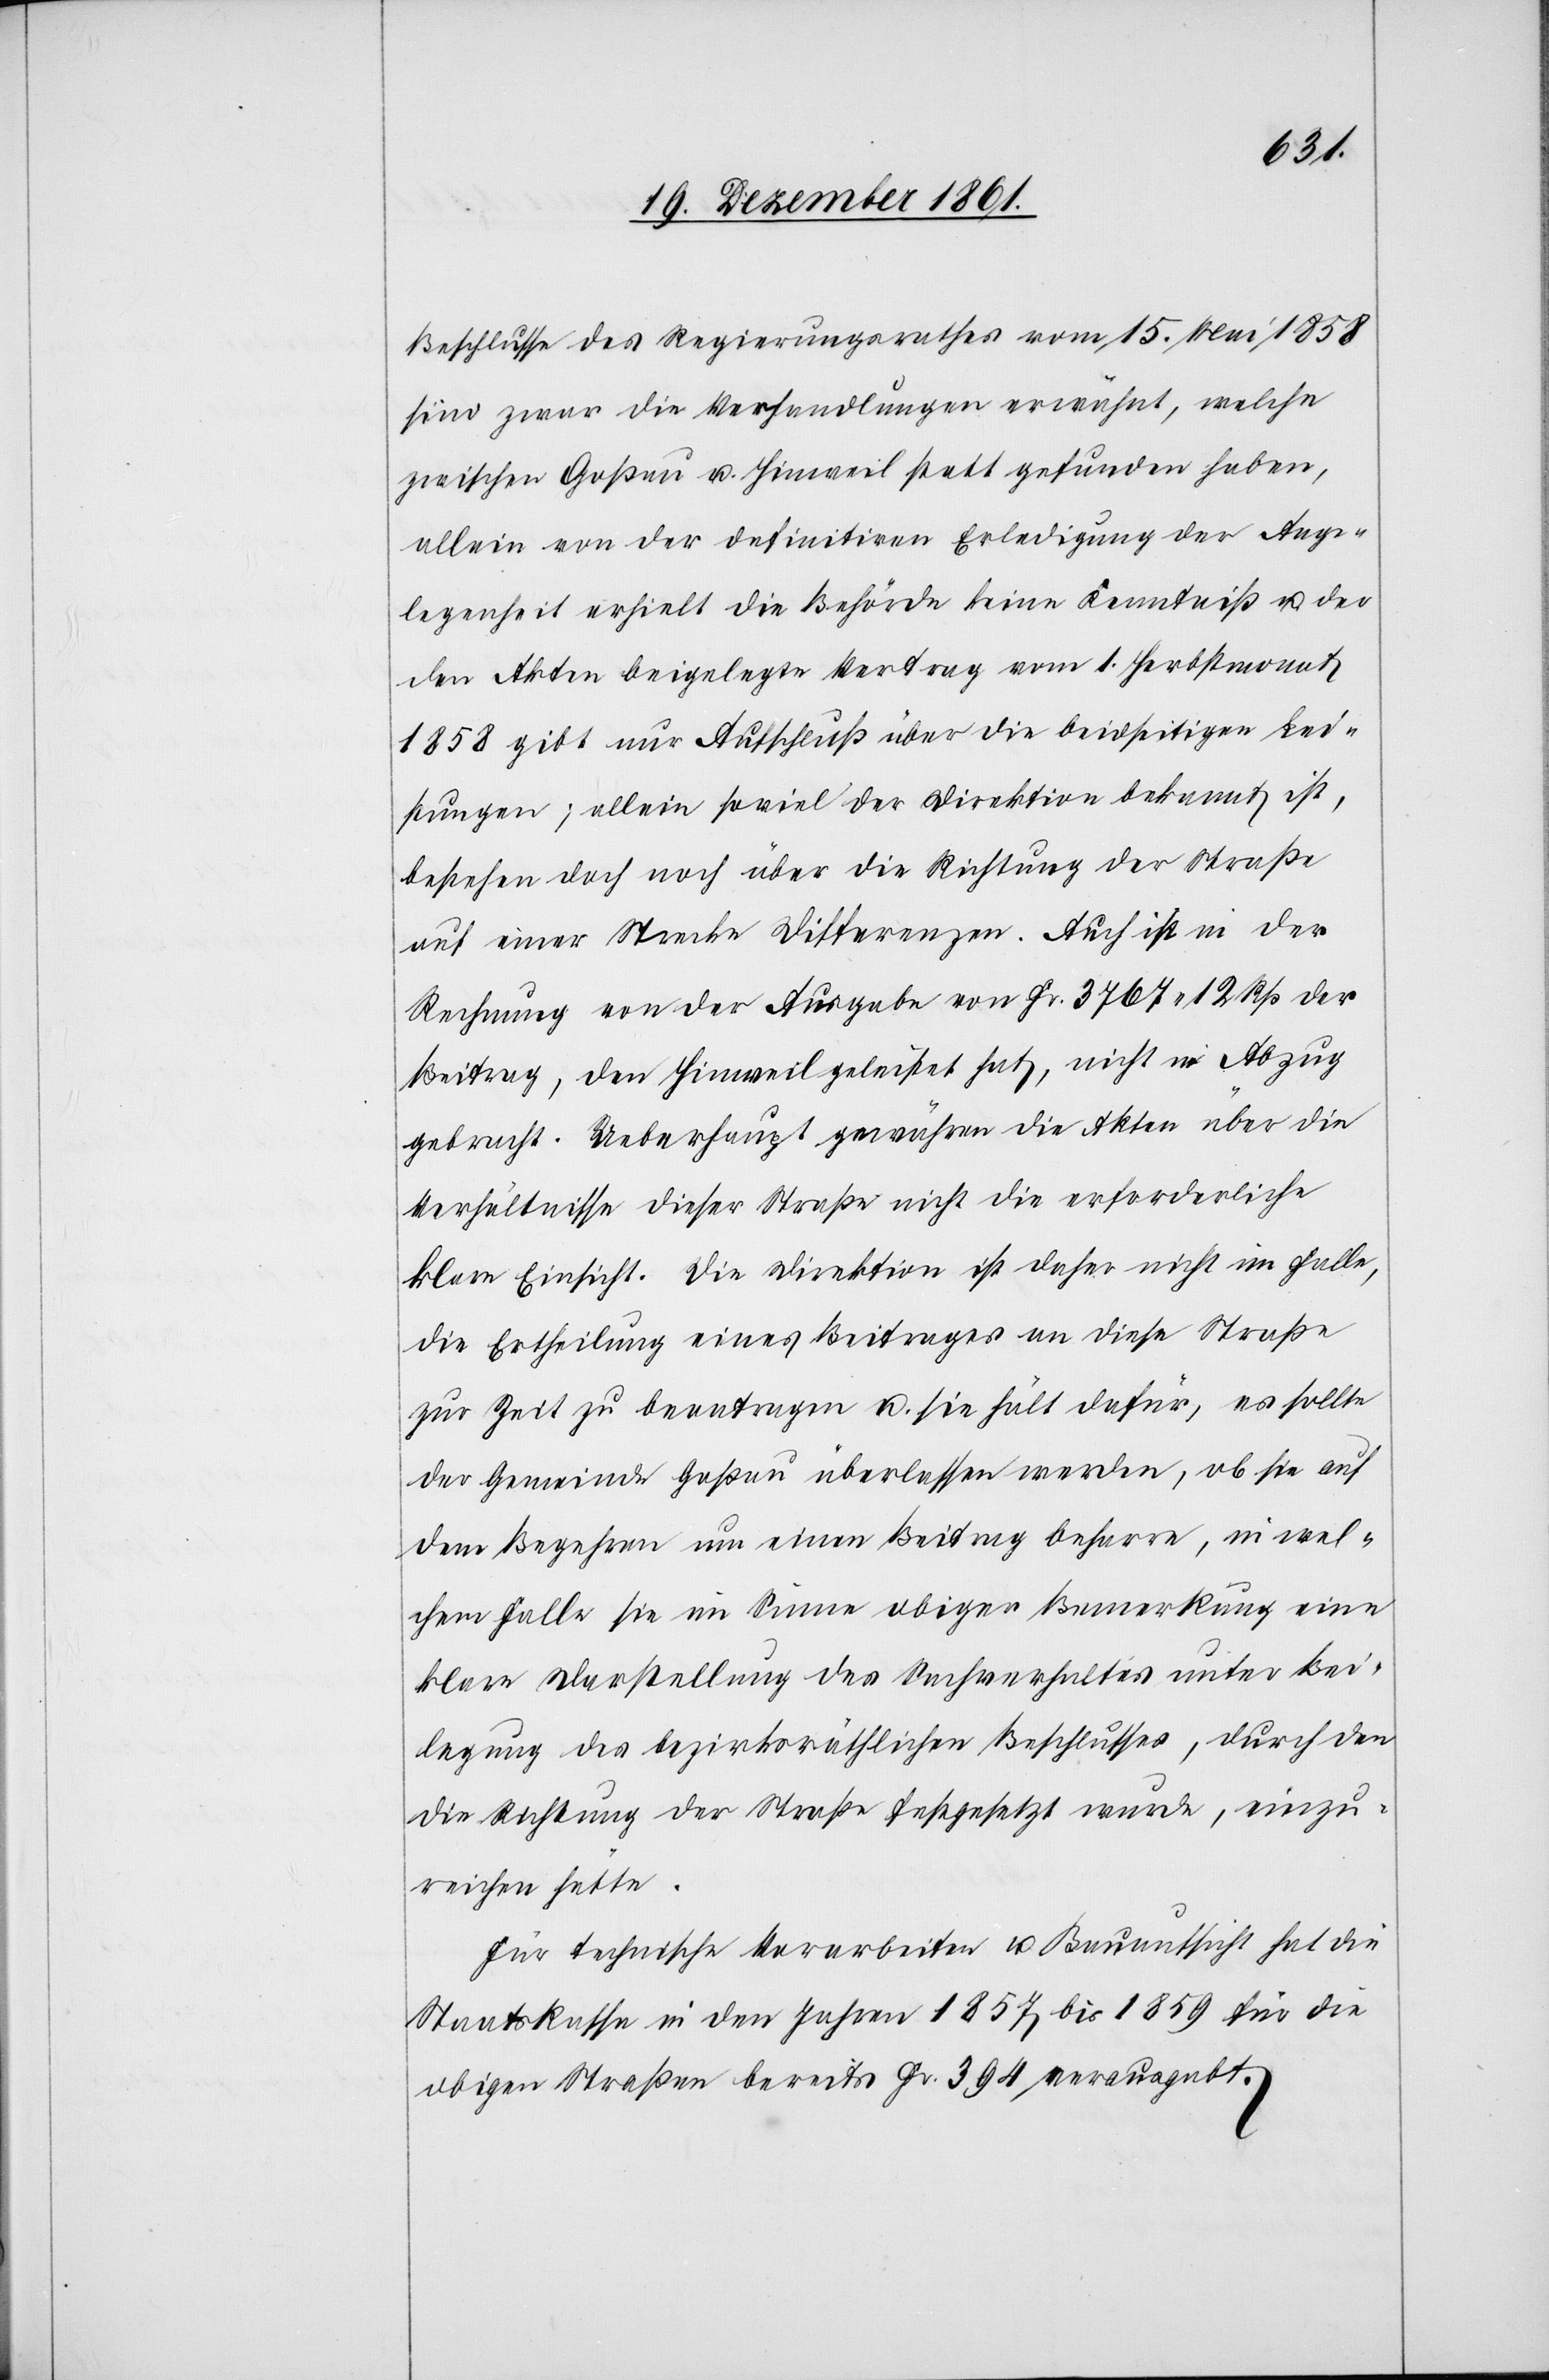
Beschlusse des Regierungsrathes vom 15 Mai 1858
sind zwar die Verhandlungen erwähnt, welche
zwischen Goßau u. Hinweil statt gefunden haben,
allein von der definitiven Erledigung der Ange¬
legenheit erhielt die Behörde keine Kenntniß u. der
den Akten beigelegte Vertrag vom 1 Herbstmonat
1858 gibt nur Aufschluß über die beidseitigen Lei¬
stungen, allein soviel der Direktion bekannt ist,
bestehen doch noch über die Richtung der Straße
auf einer Strecke Differenzen. Auch ist in
Rechnung von der Ausgabe von Fr. 3767. 12 Rp. der
Beitrag, den Hinweil geleistet hat, nicht in Abzug
gebracht. Ueberhaupt gewähren die Akten über die
Verhältnisse dieser Straße nicht die erforderliche
klare Einsicht. Die Direktion ist daher nicht im Falle,
die Ertheilung eines Beitrages an diese Straße
zur Zeit zu beantragen u. sie hält dafür, es sollte
der Gemeinde Goßau überlassen werden, ob sie auf
dem Begehren um einen Beitrag beharre, in wel¬
chem Falle sie im Sinne obiger Bemerkung eine
klare Darstellung des Sachverhaltes unter Bei¬
legung des bezirksräthlichen Beschlusses, durch den
die Richtung der Straße festgesetzt wurde, einzu¬
reichen hätte.
Für technische Vorarbeiten u. Bauaufsicht hat die
Staatskassa in den Jahren 1857 bis 1859 für die
obigen Straßen bereits Fr. 394 verausgabt.